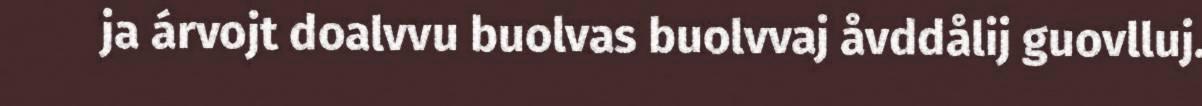
ja árvojt doalvvu buolvas buolvvaj åvddålij guovlluj.